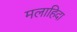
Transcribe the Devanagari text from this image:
मलाहिदा